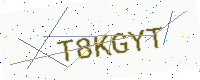
Text: T8KGYT